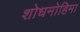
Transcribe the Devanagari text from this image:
शोधमोहिमा